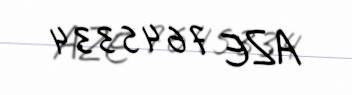
AZE 7645334